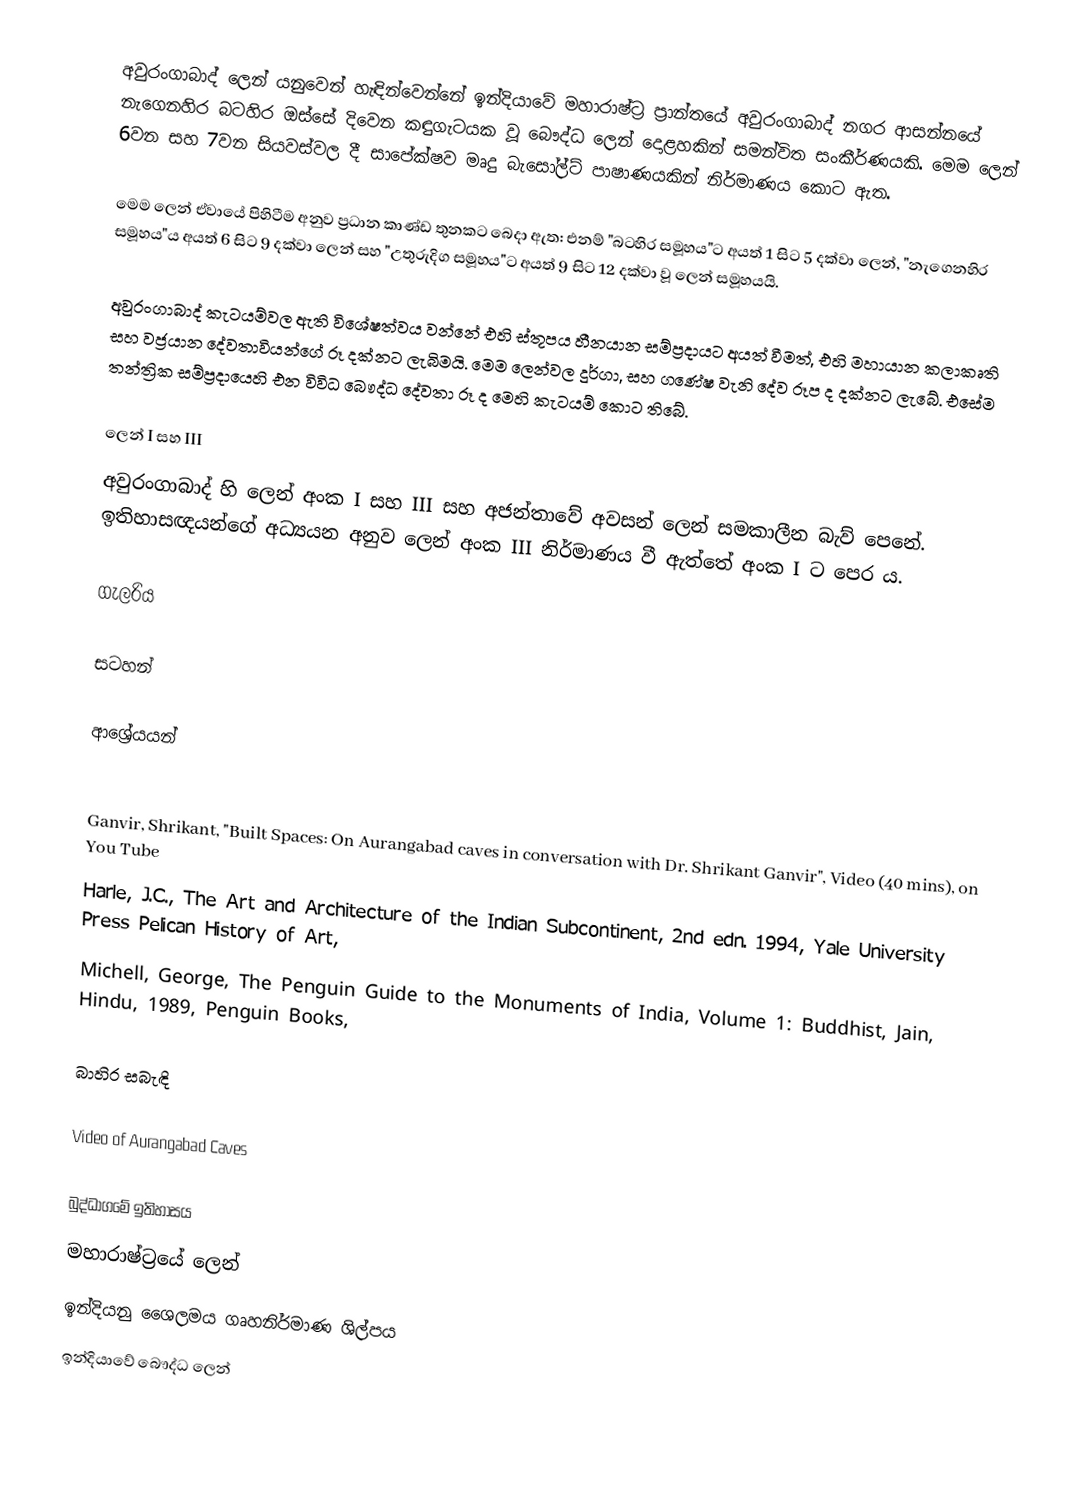
අවුරංගාබාද් ලෙන් යනුවෙන් හැඳින්වෙන්නේ ඉන්දියාවේ මහාරාෂ්ට්‍ර ප්‍රාන්තයේ අවුරංගාබාද් නගර ආසන්නයේ නැගෙනහිර බටහිර ඔස්සේ දිවෙන කඳුගැටයක වූ බෞද්ධ ලෙන් දොළහකින් සමන්විත සංකීර්ණයකි. මෙම ලෙන් 6වන සහ 7වන සියවස්වල දී සාපේක්ෂව මෘදු බැසෝල්ට් පාෂාණයකින් නිර්මාණය කොට ඇත.

මෙම ලෙන් ඒවායේ පිහිටීම අනුව ප්‍රධාන කාණ්ඩ තුනකට බෙදා ඇත: එනම් "බටහිර සමූහය"ට අයත් 1 සිට 5 දක්වා ලෙන්, "නැගෙනහිර සමූහය"ය අයත් 6 සිට 9 දක්වා ලෙන් සහ "උතුරුදිග සමූහය"ට අයත් 9 සිට 12 දක්වා වූ ලෙන් සමූහයයි.

අවුරංගාබාද් කැටයම්වල ඇති විශේෂත්වය වන්නේ  එහි ස්තූපය හීනයාන සම්ප්‍රදායට අයත් වීමත්, එහි මහායාන කලාකෘති සහ වජ්‍රයාන දේවතාවියන්ගේ රූ දක්‍නට ලැබිමයි. මෙම ලෙන්වල දුර්ගා, සහ ගණේෂ වැනි දේව රූප ද දක්නට ලැබේ. එසේම තන්ත්‍රික සම්ප්‍රදායෙහි එන විවිධ බෞද්ධ දේවතා රූ ද මෙහි කැටයම් කොට තිබේ.

ලෙන් I සහ III
අවුරංගාබාද් හි ලෙන් අංක I සහ III සහ අජන්තාවේ අවසන් ලෙන් සමකාලීන බැව් පෙනේ. ඉතිහාසඥයන්ගේ අධ්‍යයන අනුව ලෙන් අංක III නිර්මාණය වී ඇත්තේ අංක I ට පෙර ය.

ගැලරිය

සටහන්

ආශ්‍රේයයන්

Ganvir, Shrikant, "Built Spaces: On Aurangabad caves in conversation with Dr. Shrikant Ganvir", Video (40 mins), on You Tube
Harle, J.C., The Art and Architecture of the Indian Subcontinent, 2nd edn. 1994, Yale University Press Pelican History of Art,
Michell, George, The Penguin Guide to the Monuments of India, Volume 1: Buddhist, Jain, Hindu, 1989, Penguin Books,

බාහිර සබැඳි

Video of Aurangabad Caves

බුද්ධාගමේ ඉතිහාසය
මහාරාෂ්ට්‍රයේ ලෙන්
ඉන්දියනු ශෛලමය ගෘහනිර්මාණ ශිල්පය
ඉන්දියාවේ බෞද්ධ ලෙන්